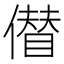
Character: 𠏝